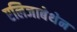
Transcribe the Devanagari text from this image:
एलिजाबेथेन